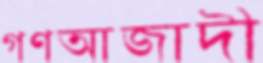
গণআজাদী